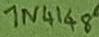
Text: 1N4148